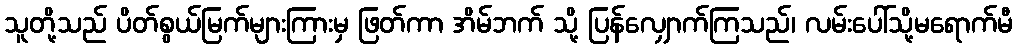
သူတို့သည် ပိတ်စွယ်မြက်များကြားမှ ဖြတ်ကာ အိမ်ဘက် သို့ ပြန်လျှောက်ကြသည်၊ လမ်းပေါ်သို့မရောက်မီ